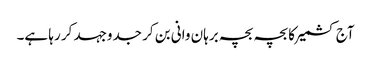
آج کشمیر کا بچہ بچہ برہان وانی بن کر جدوجہد کر رہا ہے۔